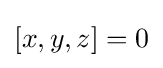
\left[x,y,z\right]=0